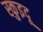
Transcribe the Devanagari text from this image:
स्कुइदू